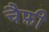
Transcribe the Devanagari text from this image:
चैफ़ी